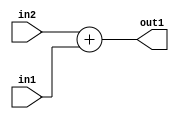
`timescale 1ps / 1ps
/*****************************************************************************
    Verilog RTL Description
    
    
    Created by: Stratus DpOpt 21.05.01 
*******************************************************************************/

module SobelFilter_Add_5Ux2U_6S_4 (
	in2,
	in1,
	out1
	); /* architecture "behavioural" */ 
input [4:0] in2;
input [1:0] in1;
output [5:0] out1;
wire [5:0] asc001;

assign asc001 = 
	+(in2)
	+(in1);

assign out1 = asc001;
endmodule

/* CADENCE  ubD1SQA= : u9/ySxbfrwZIxEzHVQQV8Q== ** DO NOT EDIT THIS LINE ******/